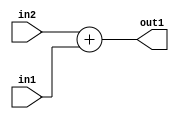
`timescale 1ps / 1ps
/*****************************************************************************
    Verilog RTL Description
    
    
    Created by: Stratus DpOpt 21.05.01 
*******************************************************************************/

module SobelFilter_Add_5Ux2U_6S_4 (
	in2,
	in1,
	out1
	); /* architecture "behavioural" */ 
input [4:0] in2;
input [1:0] in1;
output [5:0] out1;
wire [5:0] asc001;

assign asc001 = 
	+(in2)
	+(in1);

assign out1 = asc001;
endmodule

/* CADENCE  ubD1SQA= : u9/ySxbfrwZIxEzHVQQV8Q== ** DO NOT EDIT THIS LINE ******/